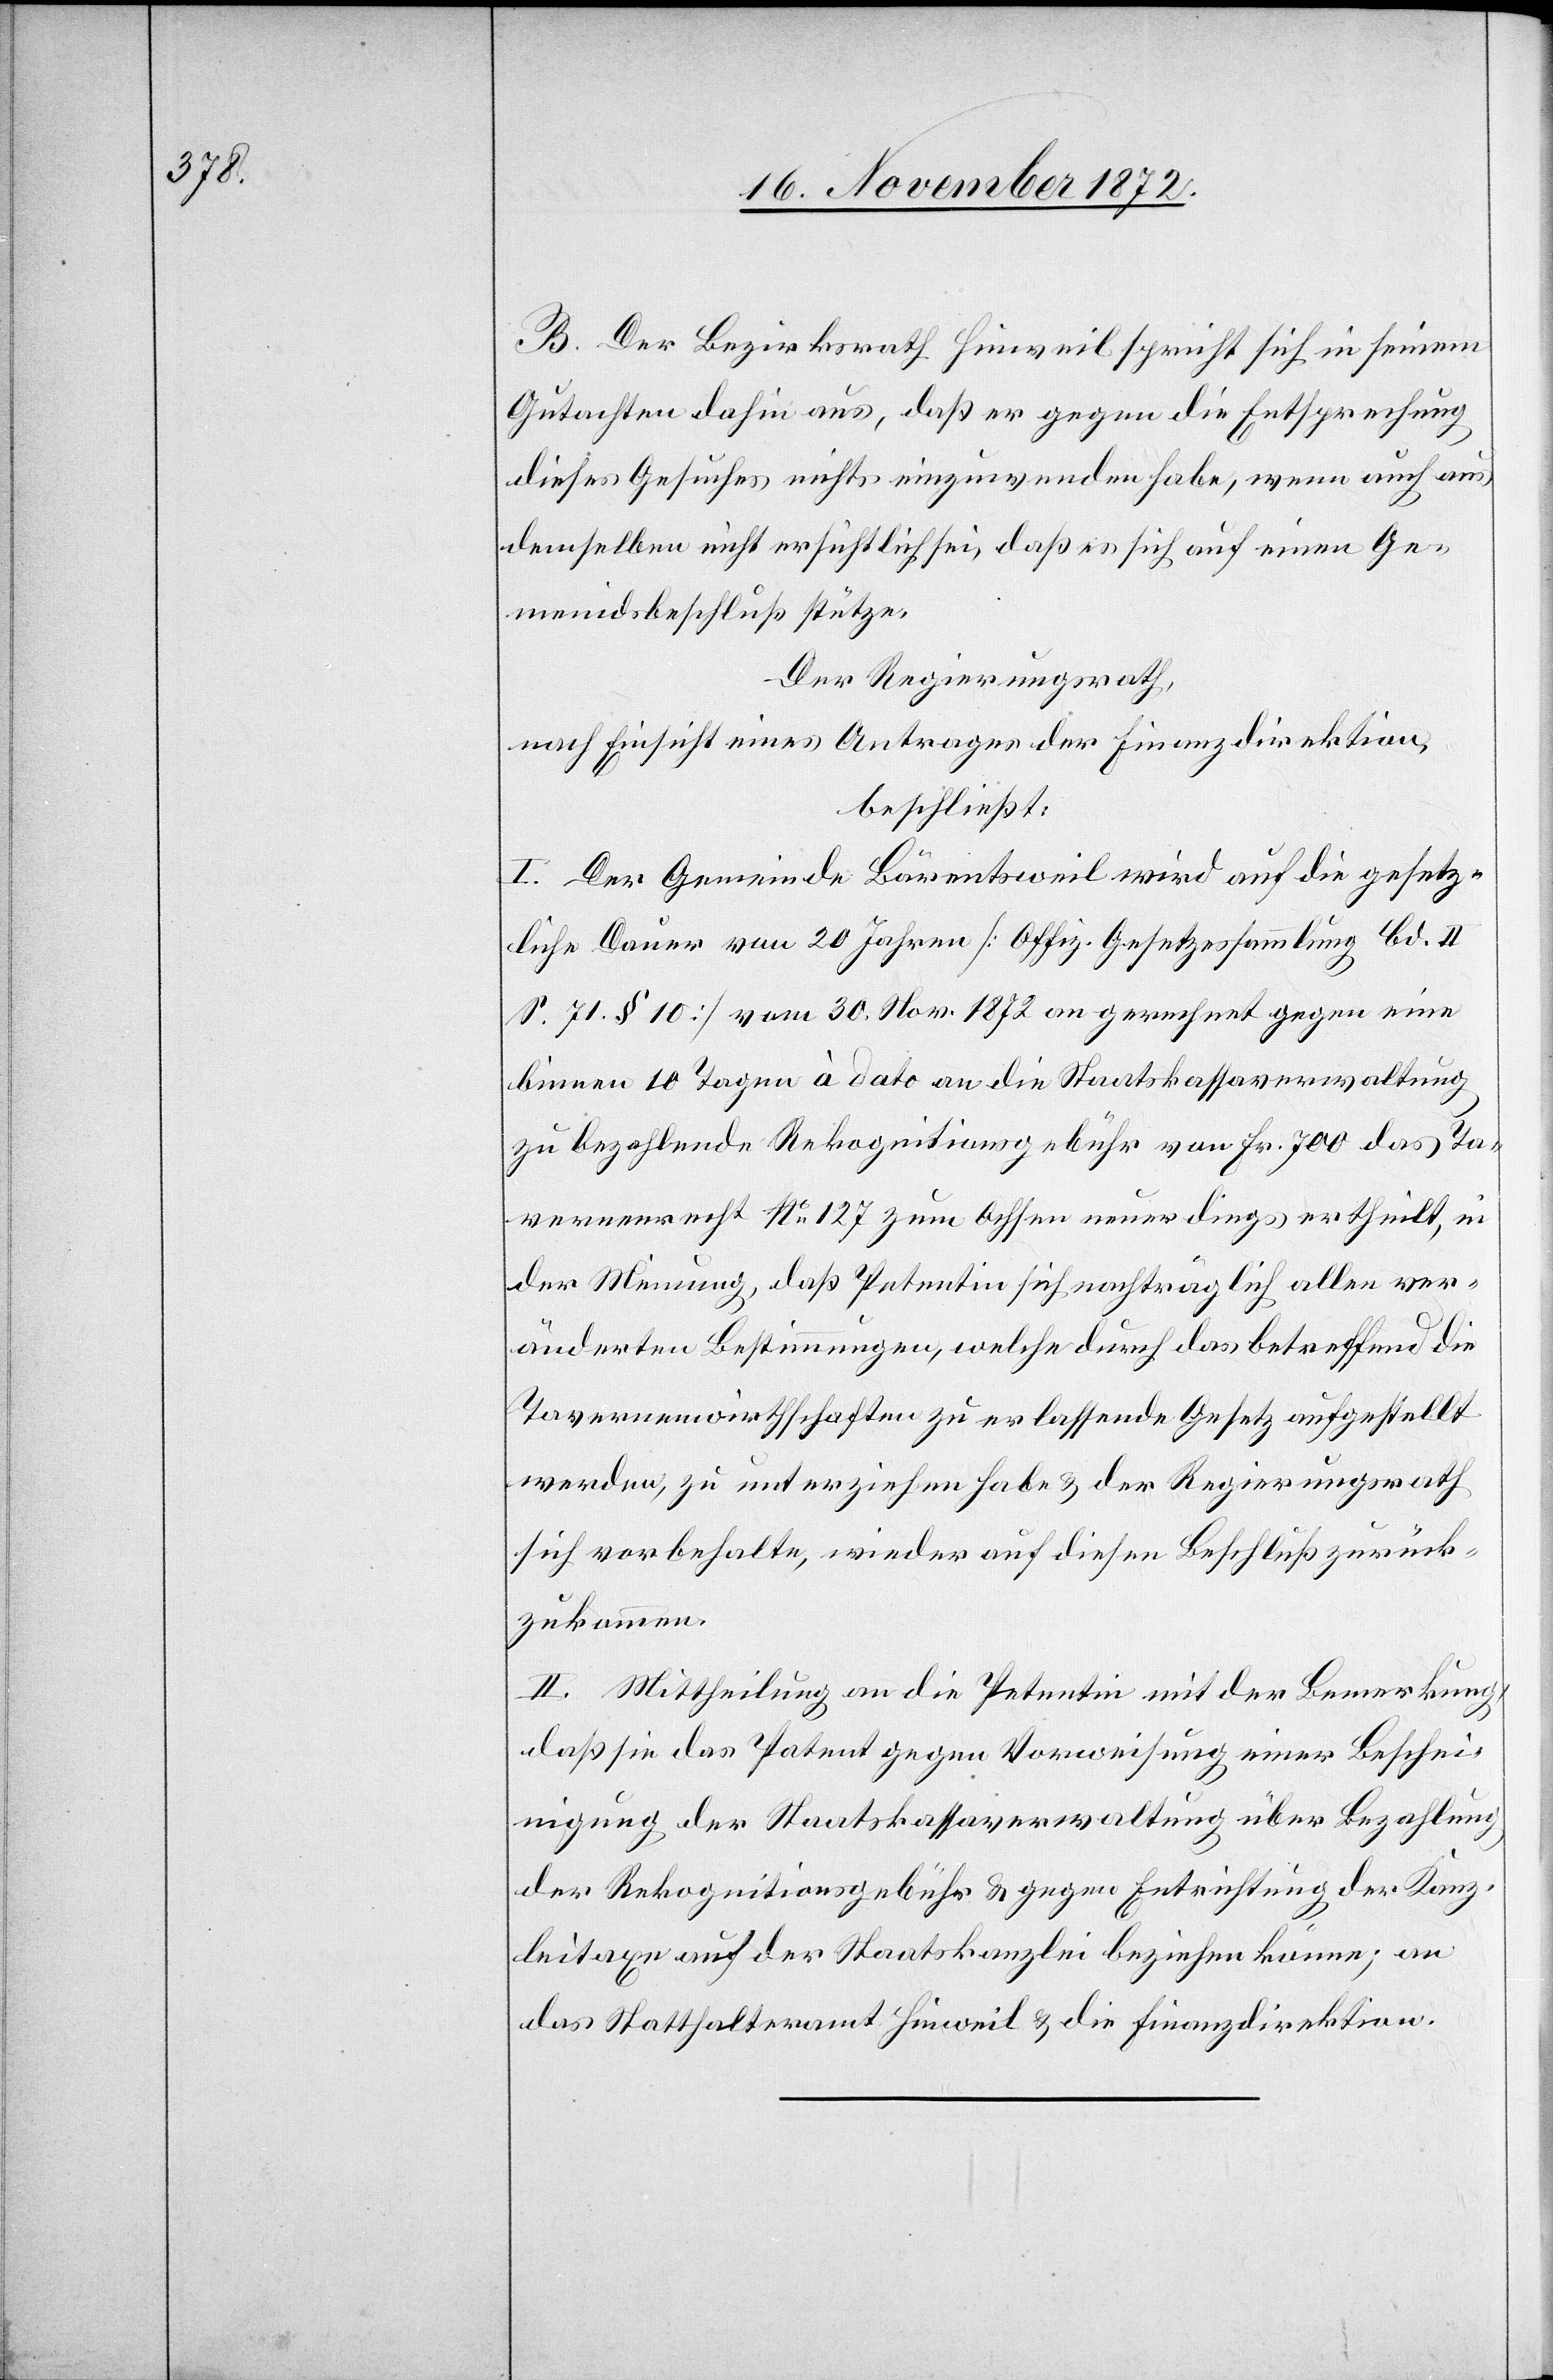
B. Der Bezirksrath Hinweil spricht sich in seinem
Gutachten dahin aus, daß er gegen die Entsprechung
dieses Gesuches nichts einzuwenden habe, wenn auch aus
demselben nicht ersichtlich ist, daß es sich auf einen Ge¬
meindsbeschluß stütze.
Der Regierungsrath,
nach Einsicht eines Antrages der Finanzdirektion,
beschließt:
I. Der Gemeinde Bärentsweil wird auf die gesetz¬
liche Dauer von 20 Jahren [Offiz. Gesetzessammlung Bd. II
S. 71 § 10] vom 30. Nov. 1872 an gerechnet gegen eine
binnen 10 Tagen à dato an die Staatskassaverwaltung
zu bezahlende Rekognitionsgebühr von Fr. 700 das Ta¬
vernenrecht No 127 zum Ochsen neuerdings ertheilt, in
der Meinung, daß Petentin sich nachträglich allen ver¬
änderten Bestimmungen, welche durch das betreffend die
Tavernenwirthschaften zu erlassende Gesetz aufgestellt
werden, zu unterziehen habe u. der Regierungsrath
sich vorbehalte, wieder auf diesen Beschluß zurück¬
zukommen.
II. Mittheilung an die Petentin mit der Bemerkung,
daß sie das Patent gegen Vorweisung einer Beschei¬
nigung der Staatskassaverwaltung über Bezahlung
der Rekognitionsgebühr u. gegen Entrichtung der Kanz¬
leitaxe auf der Staatskanzlei beziehen könne; an
das Statthalteramt Hinweil u. die Finanzdirektion.